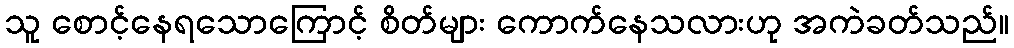
သူ စောင့်နေရသောကြောင့် စိတ်များ ကောက်နေသလားဟု အကဲခတ်သည်။